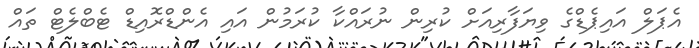
އެޕަލް އައިޕެޑްގެ ވިޔަފާރިއަށް ކުރިން ނުރައްކާ ކުރަމުން އައި އެންޑްރޮއިޑް ޓެބްލެޓް ތައް